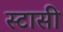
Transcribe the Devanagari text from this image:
स्टासी